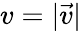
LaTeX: v=|\vec{v}|